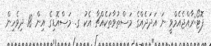
ފޮޓޯ:ރާއްޖެއެމްވީ ނަ އަދަދެއްގެ މަސްތުވާތަކެއްޗާ އެކު ގ. މަސްއޮޑިގެ އިން 18 ދިވެހިން